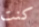
كنت